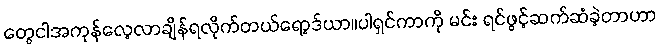
တွေငါအကုန်လေ့လာချိန်ရလိုက်တယ်ရော့ဒ်ယာ။ပါရှင်ကာကို မင်း ရင်ဖွင့်ဆက်ဆံခဲ့တာဟာ